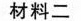
材料二